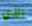
الذي